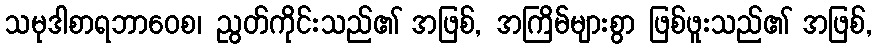
သမုဒါစာရဘာဝေစ၊ ညွတ်ကိုင်းသည်၏ အဖြစ်, အကြိမ်များစွာ ဖြစ်ဖူးသည်၏ အဖြစ်,